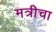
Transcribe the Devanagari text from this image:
मत्रीचा